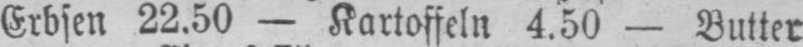
Erbsen 22.50 - Kartoffeln 4.50 - Butter